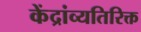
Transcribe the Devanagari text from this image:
केंद्रांव्यतिरिक्त